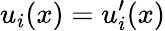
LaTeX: u_{i}(x)=u_{i}^{\prime}(x)